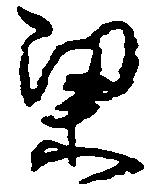
梁